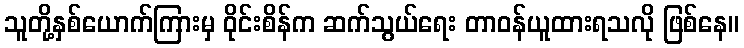
သူတို့နှစ်ယောက်ကြားမှ ဝိုင်းစိန်က ဆက်သွယ်ရေး တာဝန်ယူထားရသလို ဖြစ်နေ။